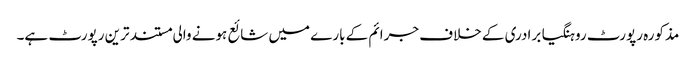
مذکورہ رپورٹ روہنگیا برادری کے خلاف جرائم کے بارے میں شائع ہونے والی مستند ترین رپورٹ ہے۔